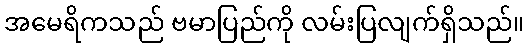
အမေရိကသည် ဗမာပြည်ကို လမ်းပြလျက်ရှိသည်။